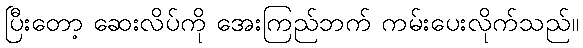
ပြီးတော့ ဆေးလိပ်ကို အေးကြည်ဘက် ကမ်းပေးလိုက်သည်။